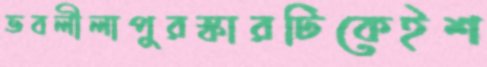
ভবলীলাপুরস্কারটিকেইশ